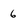
Character: 6